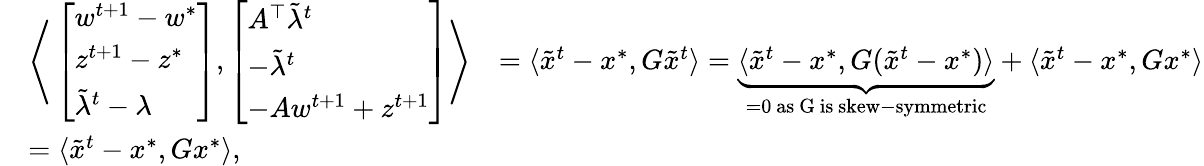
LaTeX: \begin{array}{rlr}&{\Biggr\langle\left[\begin{array}{l}{w^{t+1}-w^{*}}\\ {z^{t+1}-z^{*}}\\ {\tilde{\lambda}^{t}-\lambda}\end{array}\right],\left[\begin{array}{l}{A^{\top}\tilde{\lambda}^{t}}\\ {-\tilde{\lambda}^{t}}\\ {-Aw^{t+1}+z^{t+1}}\end{array}\right]\Biggr\rangle}&{=\langle\tilde{x}^{t}-x^{*},G\tilde{x}^{t}\rangle=\underbrace{\langle\tilde{x}^{t}-x^{*},G(\tilde{x}^{t}-x^{*})\rangle}_{=0\mathrm{~as~G~is~skew-symmetric}}+\langle\tilde{x}^{t}-x^{*},Gx^{*}\rangle}\\ &{=\langle\tilde{x}^{t}-x^{*},Gx^{*}\rangle,}\end{array}